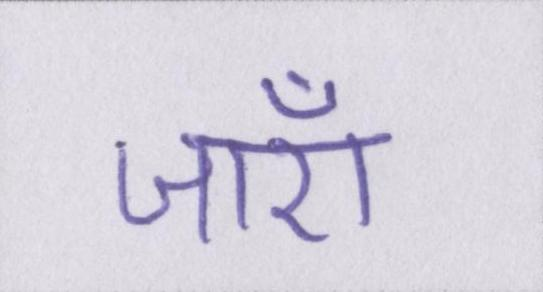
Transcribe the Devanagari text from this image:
जाएँ